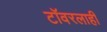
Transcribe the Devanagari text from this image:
टॉवरलाही